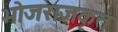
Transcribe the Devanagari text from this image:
भोजराजकृत